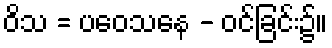
ဝိသ = ပဝေသနေ - ဝင်ခြင်း၌။